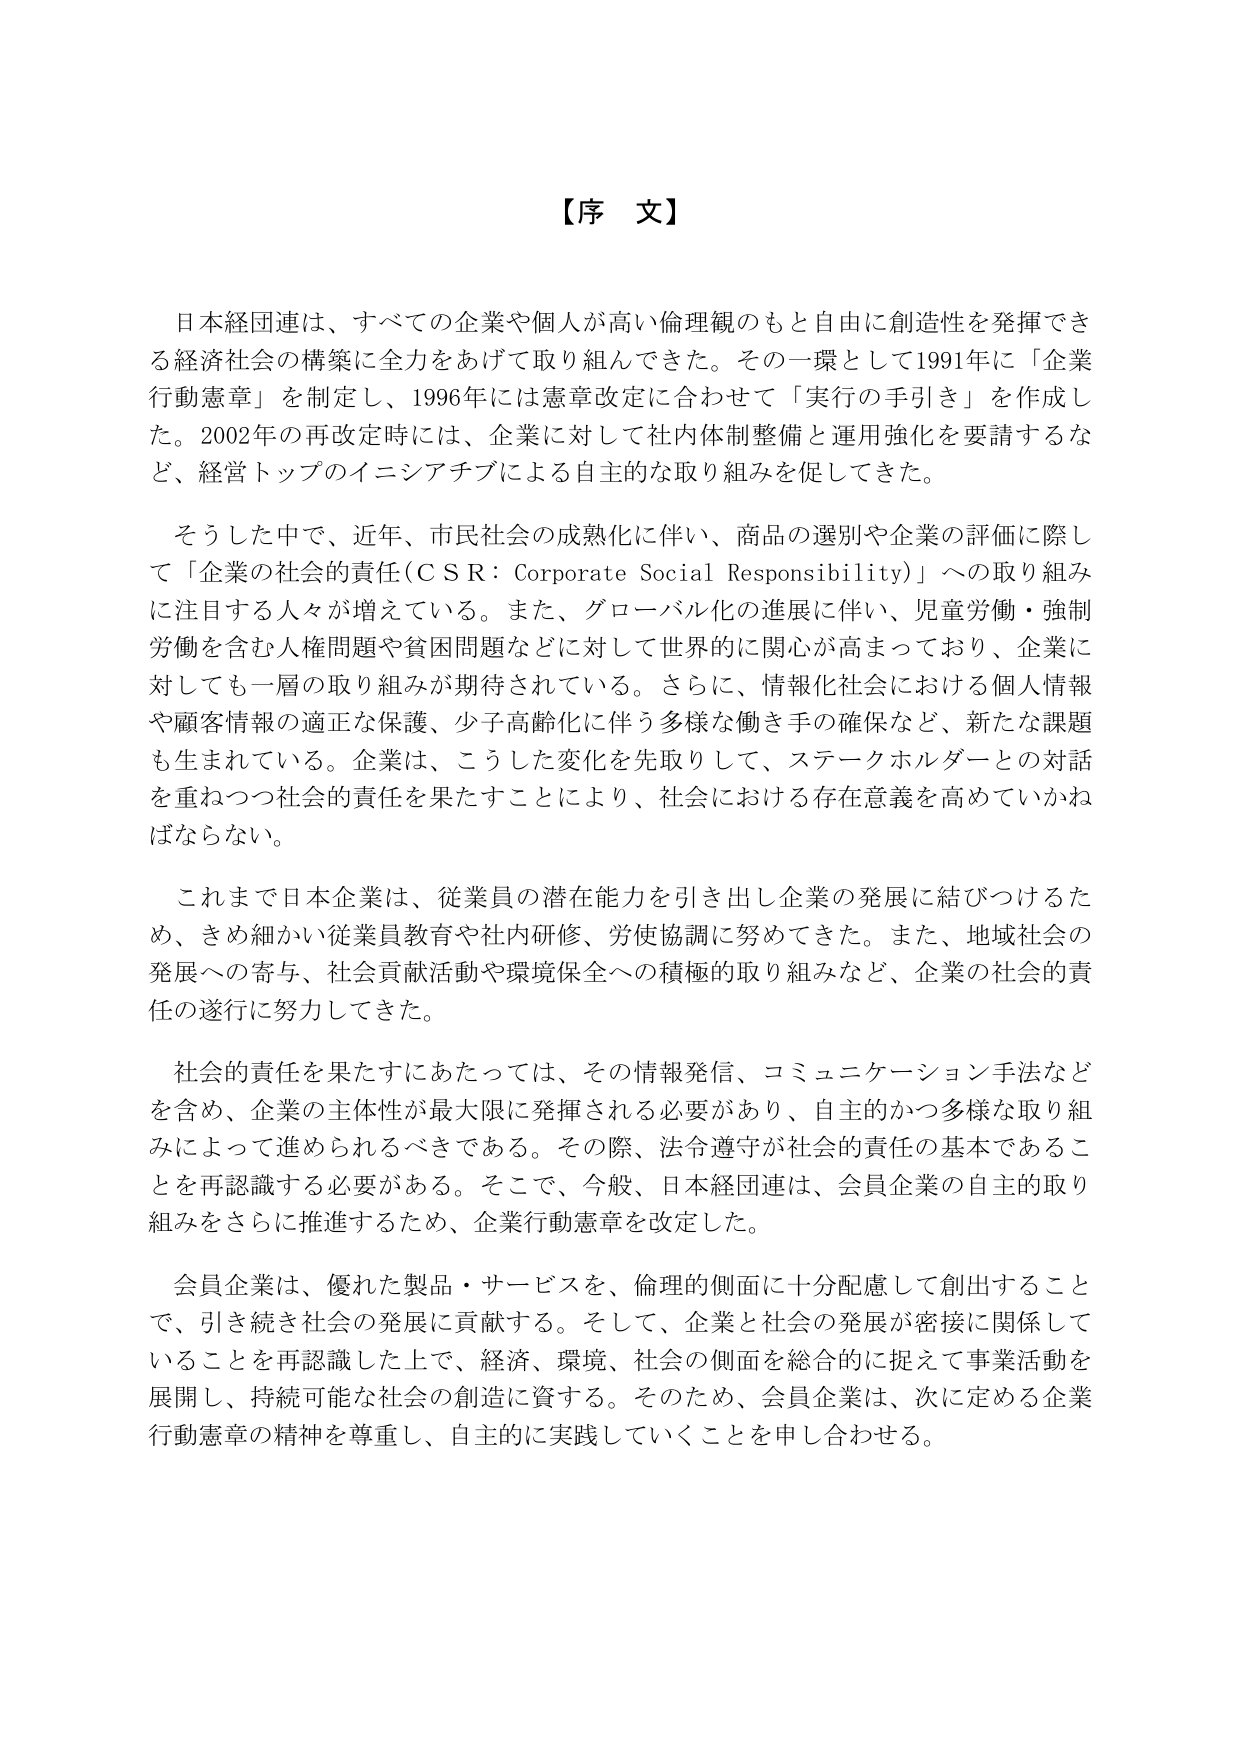
【序 文】

日本経団連は、すべての企業や個人が高い倫理観のもと自由に創造性を発揮できる経済社会の構築に全力をあげて取り組んできた。その一環として1991年に「企業行動憲章」を制定し、1996年には憲章改定に合わせて「実行の手引き」を作成した。2002年の再改定時には、企業に対して社内体制整備と運用強化を要請するなど、経営トップのイニシアチブによる自主的な取り組みを促してきた。

そうした中で、近年、市民社会の成熟化に伴い、商品の選別や企業の評価に際して「企業の社会的責任（ＣＳＲ：Corporate Social Responsibility）」への取り組みに注目する人々が増えている。また、グローバル化の進展に伴い、児童労働・強制労働を含む人権問題や貧困問題などに対して世界的に関心が高まっており、企業に対しても一層の取り組みが期待されている。さらに、情報化社会における個人情報や顧客情報の適正な保護、少子高齢化に伴う多様な働き手の確保など、新たな課題も生まれている。企業は、こうした変化を先取りして、ステークホルダーとの対話を重ねつつ社会的責任を果たすことにより、社会における存在意義を高めていかなければならない。

これまで日本企業は、従業員の潜在能力を引き出し企業の発展に結びつけるため、きめ細かい従業員教育や社内研修、労使協調に努めてきた。また、地域社会の発展への寄与、社会貢献活動や環境保全への積極的取り組みなど、企業の社会的責任の遂行に努力してきた。

社会的責任を果たすにあたっては、その情報発信、コミュニケーション手法などを含め、企業の主体性が最大限に発揮される必要があり、自主的かつ多様な取り組みによって進められるべきである。その際、法令遵守が社会的責任の基本であることを再認識する必要がある。そこで、今般、日本経団連は、会員企業の自主的取り組みをさらに推進するため、企業行動憲章を改定した。

会員企業は、優れた製品・サービスを、倫理的側面に十分配慮して創出することで、引き続き社会の発展に貢献する。そして、企業と社会の発展が密接に関係していることを再認識した上で、経済、環境、社会の側面を総合的に捉えて事業活動を展開し、持続可能な社会の創造に資する。そのため、会員企業は、次に定める企業行動憲章の精神を尊重し、自主的に実践していくことを申し合わせる。